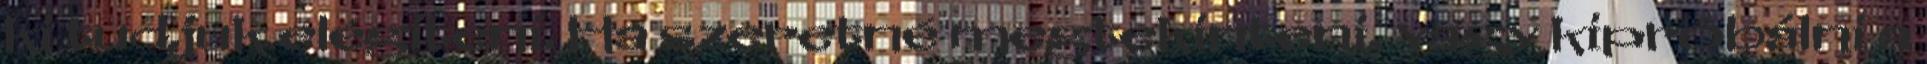
ki tudjuk elégíteni. Ha szeretné megtekinteni, vagy kipróbálni a